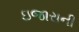
ઇજારાની